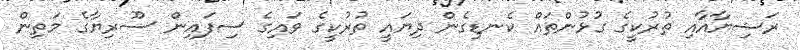
ރަޝިޔާއާއި ތުރުކީގެ ގުޅުންތައް ކެނޑިގެން ދިޔައީ ތުރުކީގެ ވައިގެ ސިފައިން ސޫރިޔާގެ މަތިން